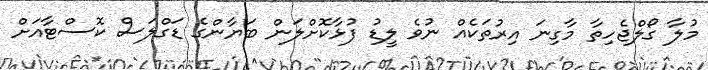
މުލާ ގޯލްޖެހިތާ މާގިނަ އިރުތަކެއް ނުވެ ލީޑު ފުޅާކޮށްލަން ބަޔާންގެ ޑަގްލަސް ކޮސްޓާއަށް